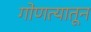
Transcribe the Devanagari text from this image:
गोणत्यातून